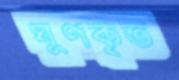
ঘুণকৃত